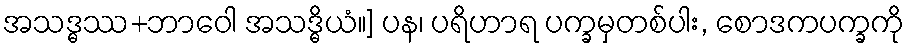
အသဒ္ဓဿ+ဘာဝေါ အသဒ္ဓိယံ။] ပန၊ ပရိဟာရ ပက္ခမှတစ်ပါး, စောဒကပက္ခကို